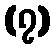
(၇)